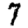
Digit: 7